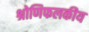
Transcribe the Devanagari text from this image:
श्रोणिफलकीय